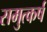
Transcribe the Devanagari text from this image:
समुत्कर्ष